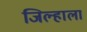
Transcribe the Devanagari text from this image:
जिल्हाला